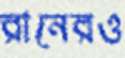
রানেরও